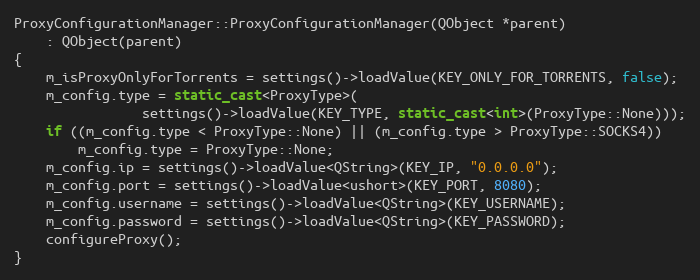
Language: C++
ProxyConfigurationManager::ProxyConfigurationManager(QObject *parent)
    : QObject(parent)
{
    m_isProxyOnlyForTorrents = settings()->loadValue(KEY_ONLY_FOR_TORRENTS, false);
    m_config.type = static_cast<ProxyType>(
                settings()->loadValue(KEY_TYPE, static_cast<int>(ProxyType::None)));
    if ((m_config.type < ProxyType::None) || (m_config.type > ProxyType::SOCKS4))
        m_config.type = ProxyType::None;
    m_config.ip = settings()->loadValue<QString>(KEY_IP, "0.0.0.0");
    m_config.port = settings()->loadValue<ushort>(KEY_PORT, 8080);
    m_config.username = settings()->loadValue<QString>(KEY_USERNAME);
    m_config.password = settings()->loadValue<QString>(KEY_PASSWORD);
    configureProxy();
}